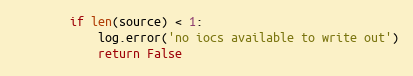
Language: Python
        if len(source) < 1:
            log.error('no iocs available to write out')
            return False